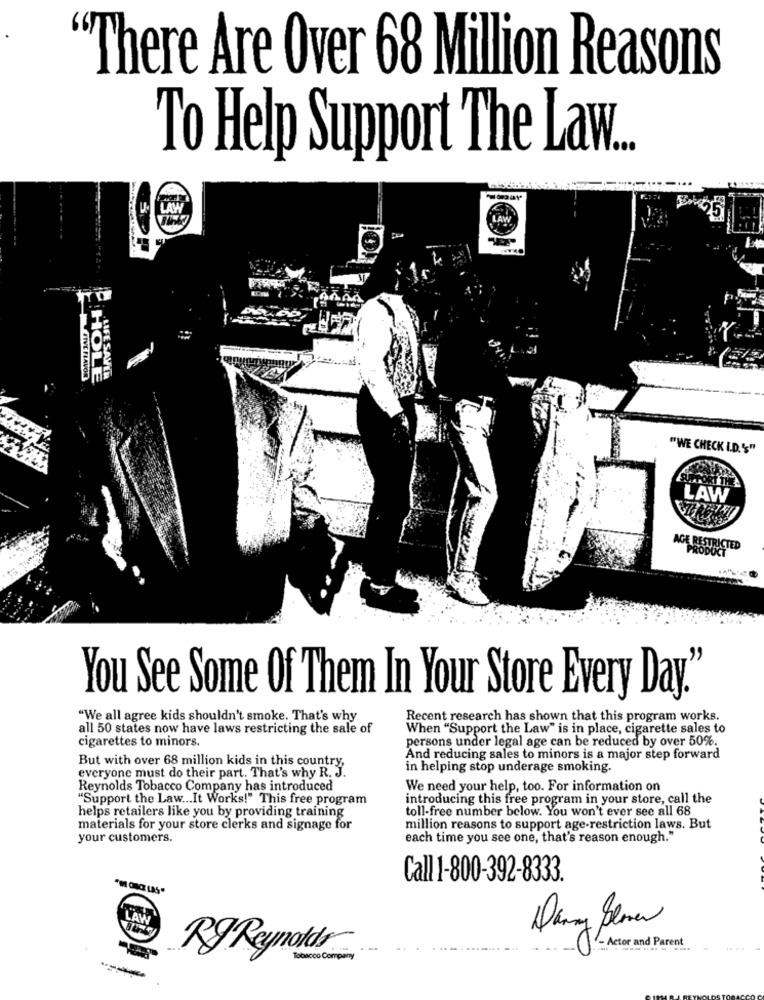
There Are Over 68 Million Reasons
To Help Support The Law ..
U. LAW
LAW
TIVE FIAVOR
HOLE
.LIFE SAVER
"WE CHECK I.D.'"
LAW
AGE RESTRICTED
You See Some Of Them In Your Store Every Day."
"We all agree kids shouldn't smoke. That's why
Recent research has shown that this program works.
all 50 states now have laws restricting the sale of
When "Support the Law" is in place, cigarette sales to
cigarettes to minors.
persons under legal age can be reduced by over 50%.
But with over 68 million kids in this country,
And reducing sales to minors is a major step forward
in helping stop underage smoking.
everyone must do their part. That's why R. J.
Reynolds Tobacco Company has introduced
We need your help, too. For information on
"Support the Law ... It Works!" This free program
introducing this free program in your store, call the
toll-free number below. You won't ever see all 68
helps retailers like you by providing training
materials for your store clerks and signage for
million reasons to support age-restriction laws. But
your customers.
each time you see one, that's reason enough."
Call 1-800-392-8333.
LAV
Actor and Parent
Rg Reynolds